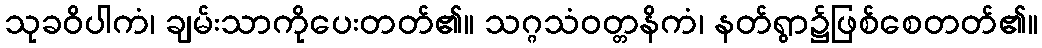
သုခဝိပါကံ၊ ချမ်းသာကိုပေးတတ်၏။ သဂ္ဂသံဝတ္တနိကံ၊ နတ်ရွာ၌ဖြစ်စေတတ်၏။